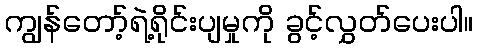
ကျွန်တော့်ရဲ့ရိုင်းပျမှုကို ခွင့်လွှတ်ပေးပါ။